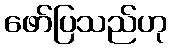
ဖော်ပြသည်ဟု